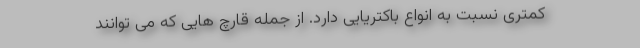
کمتری نسبت به انواع باکتریایی دارد. از جمله قارچ هایی که می توانند